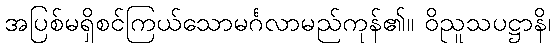
အပြစ်မရှိစင်ကြယ်သောမင်္ဂလာမည်ကုန်၏။ ဝိညူသပဋ္ဌာနိ၊